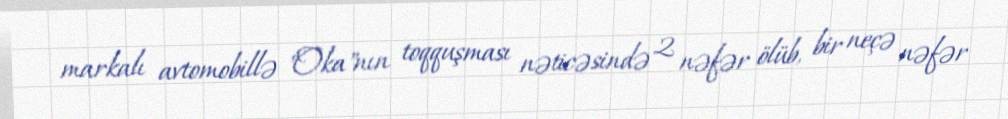
markalı avtomobillə "Oka"nın toqquşması nəticəsində 2 nəfər ölüb, bir neçə nəfər